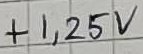
Text: +1,25V